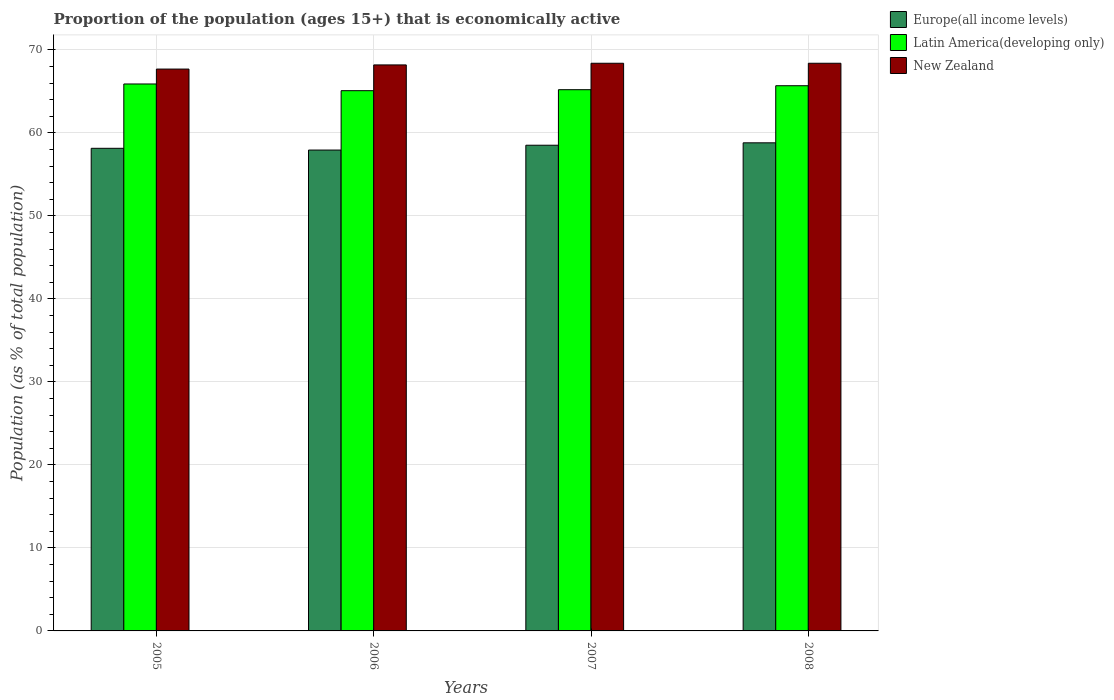
| Years | Europe(all income levels) | Latin America(developing only) | New Zealand |
 | --- | --- | --- | --- |
 | 2005 | 58.2 | 65.9 | 67.7 |
 | 2006 | 57.9 | 65.1 | 68.2 |
 | 2007 | 58.5 | 65.2 | 68.4 |
 | 2008 | 58.8 | 65.7 | 68.4 |